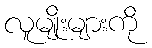
လူမျိုးများကို